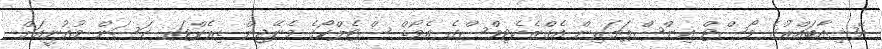
އޭޝިއާބައްރުގެ މޯސްޓް އިންސްޕަޔަރިން އެގްޒެކެޓިވްސްގެ އެވޯޑް ސްޓެލްކޯގެ މެނޭޖިން ޑިރެކްޓަރ ހަސަން މުޣުނީއަށް